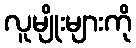
လူမျိုးများကို